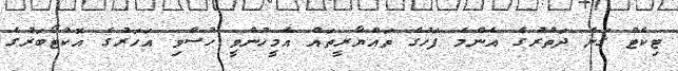
ޓިކެޓް ގަނެ ދަތުރުގެ އެންމެ ފަހުގެ ތައްޔާރީތައް އެމީހުންވީ ހުސްވި އަހަރުގެ އޮކްޓޯބަރުގެ